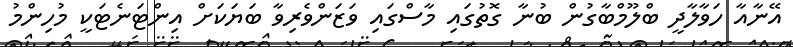
އޭނާއާ ހަވާލާދީ ބްލޫމްބާގުން ބުނާ ގޮތުގައި މާސްގައި ވަޒަންވެރިވާ ބަޔަކަށް އިންޓަނެޓަކީ މުހިންމު